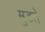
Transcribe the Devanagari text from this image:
मुडते